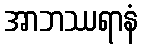
အာဘဿရာနံ